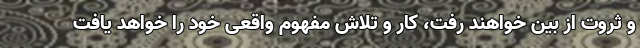
و ثروت از بين خواهند رفت، كار و تلاش مفهوم واقعی خود را خواهد یافت